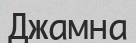
Джамна